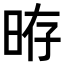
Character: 𣆱